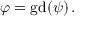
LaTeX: \varphi = \operatorname { g d } ( \psi ) \, .